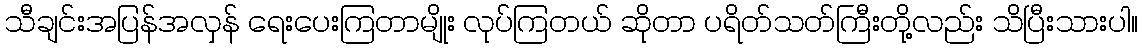
သီချင်းအပြန်အလှန် ရေးပေးကြတာမျိုး လုပ်ကြတယ် ဆိုတာ ပရိတ်သတ်ကြီးတို့လည်း သိပြီးသားပါ။